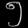
Digit: ၅